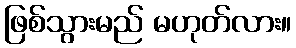
ဖြစ်သွားမည် မဟုတ်လား။